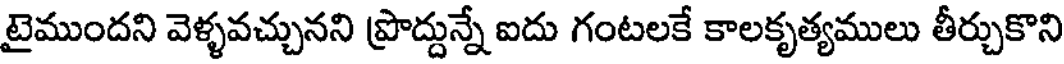
టైముందని వెళ్ళవచ్చునని ప్రొద్దున్నే ఐదు గంటలకే కాలకృత్యములు తీర్చుకొని